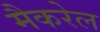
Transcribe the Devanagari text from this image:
मैकरेल